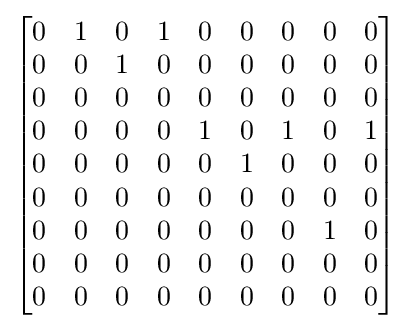
{\begin{bmatrix}0&1&0&1&0&0&0&0&0\\0&0&1&0&0&0&0&0&0\\0&0&0&0&0&0&0&0&0\\0&0&0&0&1&0&1&0&1\\0&0&0&0&0&1&0&0&0\\0&0&0&0&0&0&0&0&0\\0&0&0&0&0&0&0&1&0\\0&0&0&0&0&0&0&0&0\\0&0&0&0&0&0&0&0&0\end{bmatrix}}